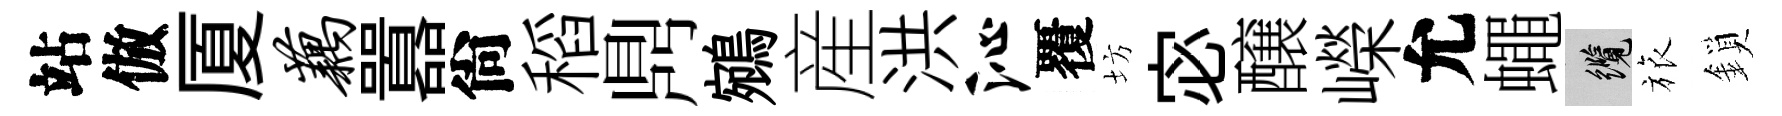
站倣厦藕囂尙稻𪔂鵷産洪沁覆坊宓醸嶸允蠅纜旅鎖